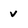
Character: v